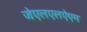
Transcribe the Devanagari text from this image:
जेएलएलऐएम